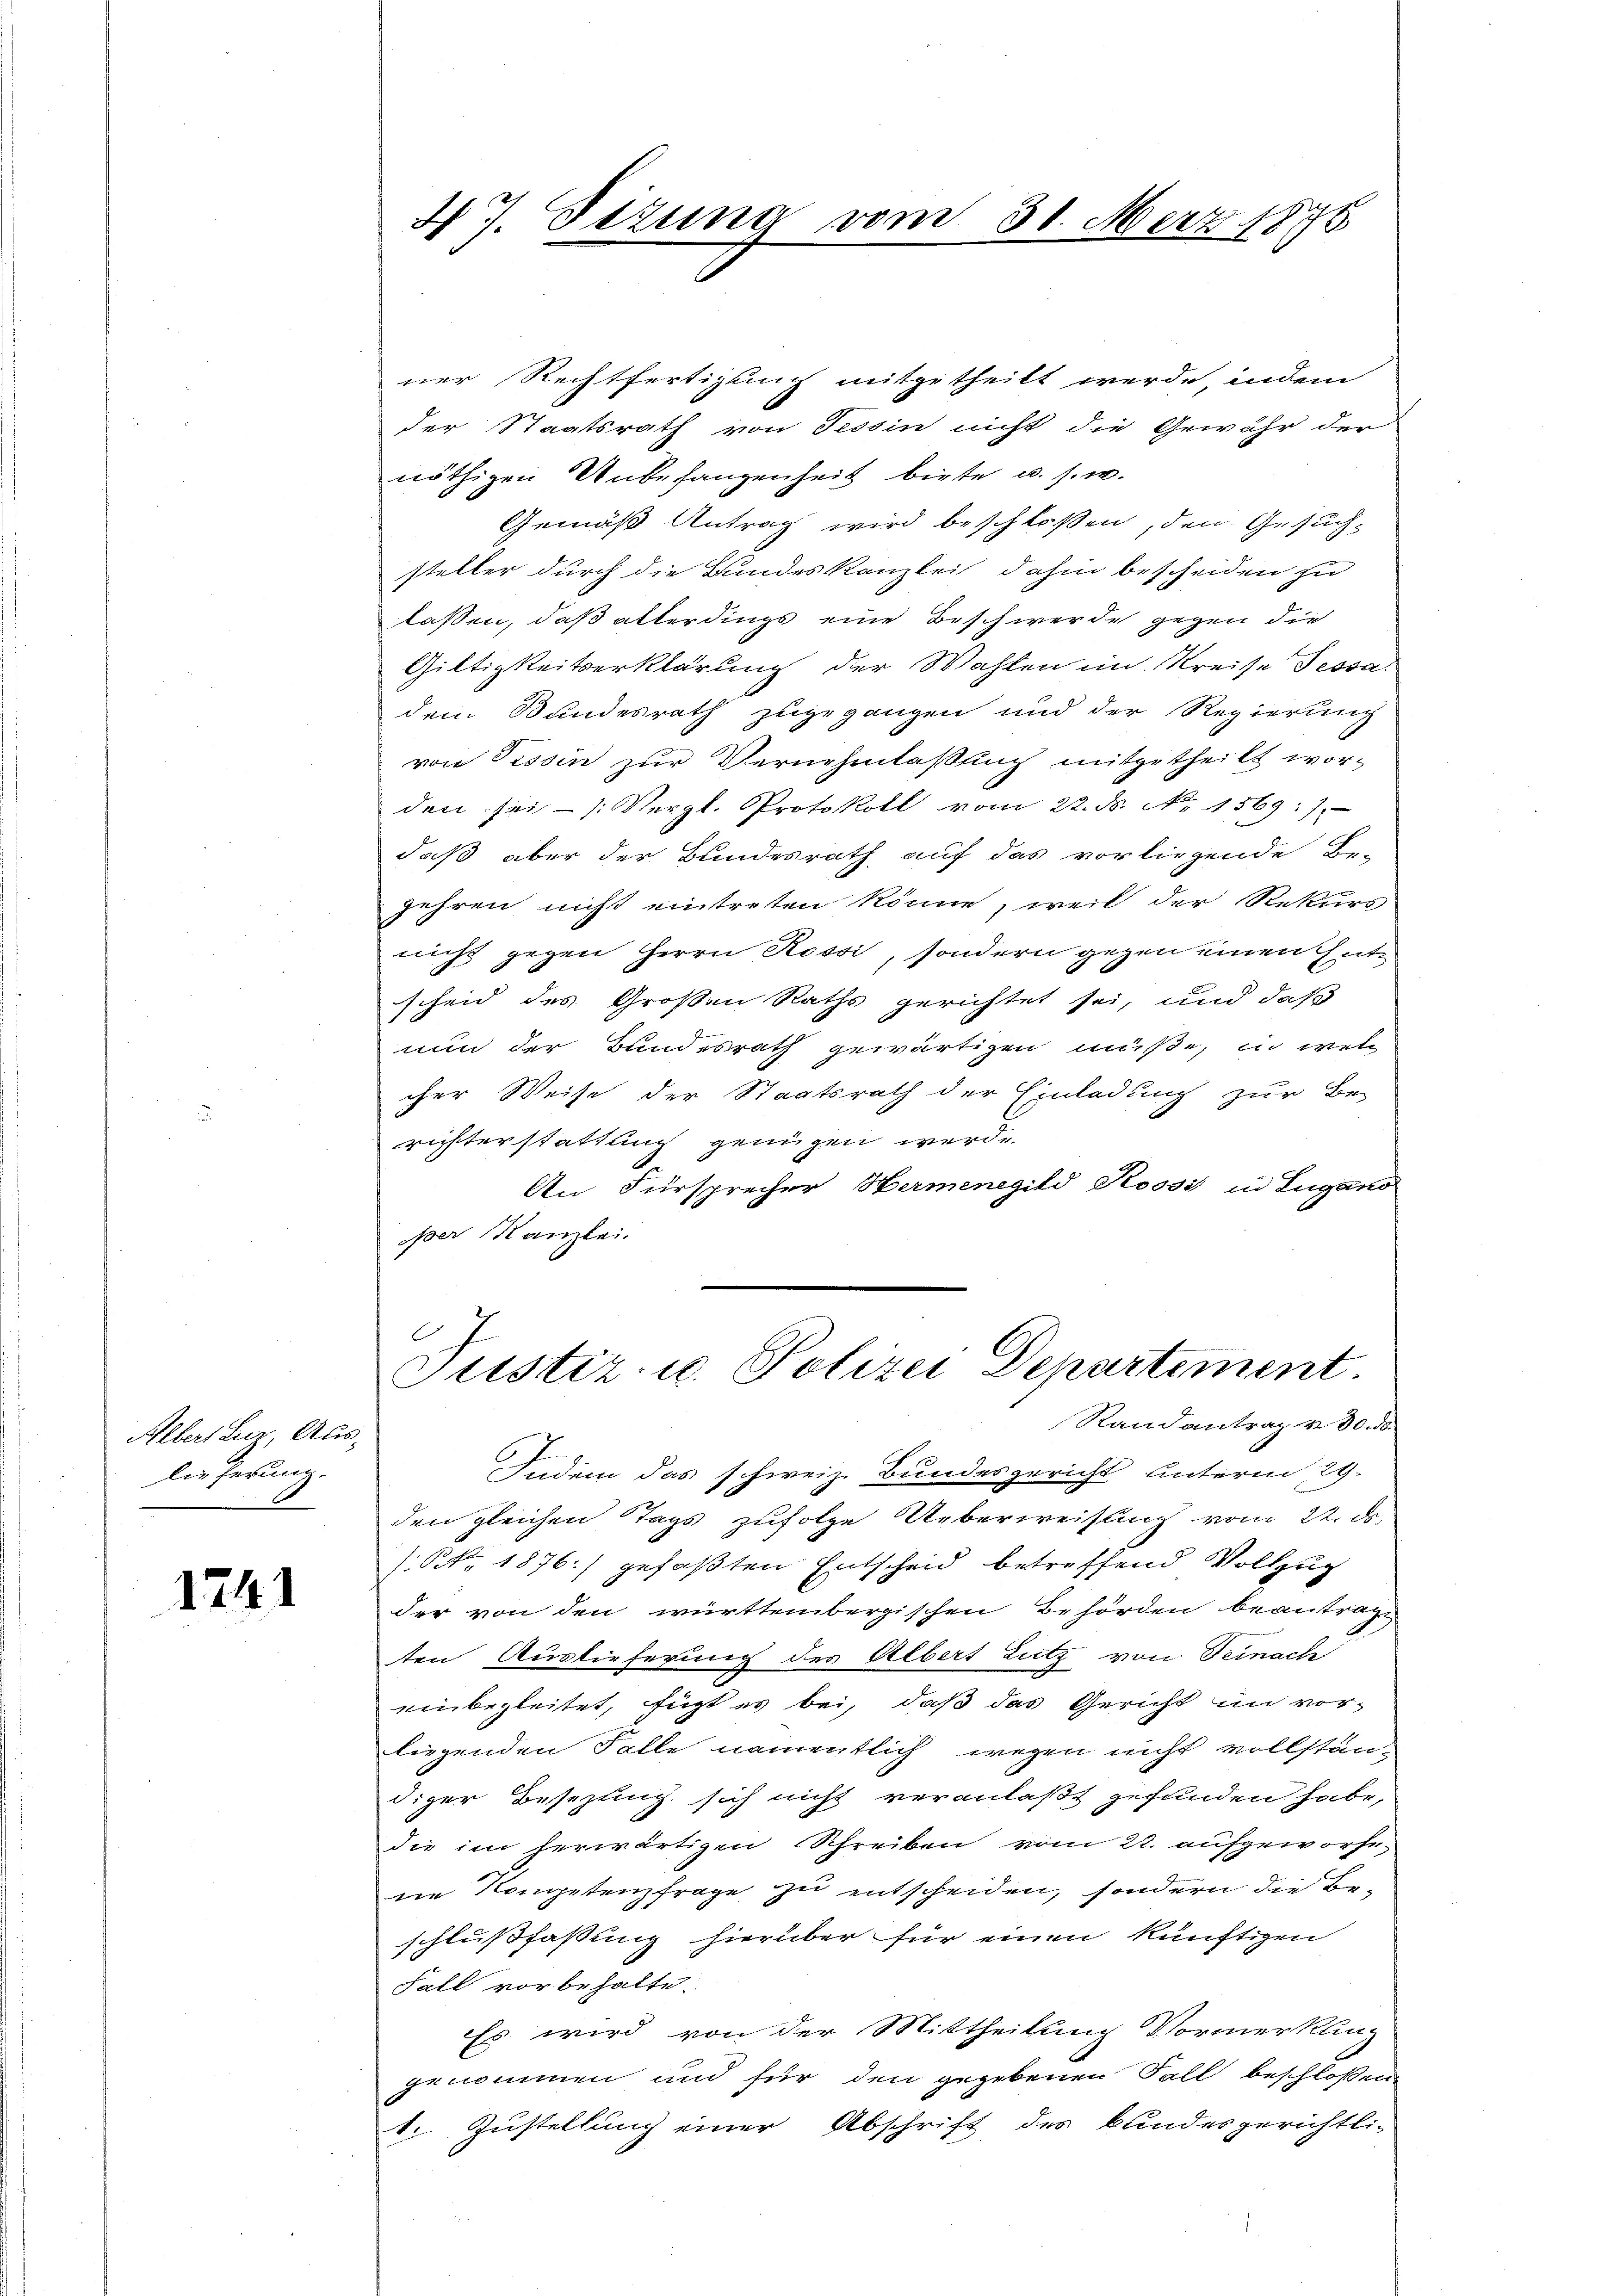
Albert Luz, Auslieferung.

1241

ner Rechtfertigung mitgetheilt werde, indem
der Staatsrath von Tessin nicht die Gewähr der
nöthigen Unbehangenheit biete u. s. w.
Gemäß Antrag wird beschloßen, den Gesuchsteller durch die Bundeskanzlei dahin bescheiden zu
laßen, daß allerdings eine Beschwerde gegen die
Giltigkeitserklärung der Wahlen im Kreise Tessa
dem Bundesrath zugegangen und der Regierung
von Pissin zur Vernehmlassung mitgetheilt worden sei - (Vergl. Protokoll vom 22. ds. No. 1569:)
daß aber der Bundesrath auf das vorliegende Be-
gehren nicht eintreten könne, weil der Rekurs
nicht gegen Herrn Rossi, sondern gegen einen theit
scheid des Großen Raths gerichtet sei, und daß
nun der Bundesrath gewärtigen müße, in welc
cher Weise der Staatsrath der Einladung zur Be-
richterstattung genügen werde.
An Fürsprecher Hermenegild Rossi in Lugano
per Kanzlei.
2
Justiz u. Polizei Departement.
Randantrag v. 30. ds.
Indem das schweiz. Bundesgericht unterm 29.
den gleichen Tags zufolge Ueberweisung vom 22. ds.
s. S. 1876.) gefaßten Entscheid betreffend Vollzug
der von den württembergischen Behörden beantrage
ten Auslieferung des Albert Lutz von Feinach
einbegleitet, fügt es bei, daß das Gericht in vorleigenden Falle namentlich wegen nicht vollständiger Besezung sich nicht veranlaßt gefunden habe,
die im herwärtigen Schreiben vom 22. aufgeworfene Kompetenzfrage zu entscheiden, sondern die Beschlußfassung hierüber für einen künftigen
Fall vorbehalte.
Es wird von der Mittheilung Vormerkling
genommen und für den gegebenen Fall beschlossen
1. Zustellung einer Abschrift des bundesgerichtli-

47. Sizung vom 31. März 1875